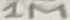
Text: 1M